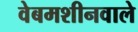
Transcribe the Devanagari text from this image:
वेबमशीनवाले